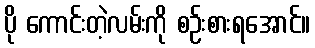
ပို ကောင်းတဲ့လမ်းကို စဉ်းစားရအောင်။